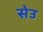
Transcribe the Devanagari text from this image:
सेउ